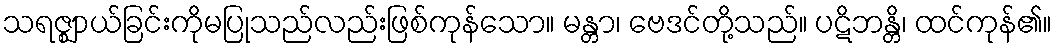
သရဇ္ဈာယ်ခြင်းကိုမပြုသည်လည်းဖြစ်ကုန်သော။ မန္တာ၊ ဗေဒင်တို့သည်။ ပဋိဘန္တိ၊ ထင်ကုန်၏။